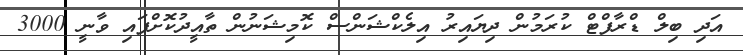
އަދި ބިލް ޑްރާފްޓް ކުރަމުން ދިޔައިރު އިލެކްޝަންސް ކޮމިޝަނުން ތާއީދުކޮށްފައި ވާނީ 3000